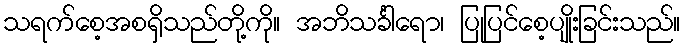
သရက်စေ့အစရှိသည်တို့ကို။ အဘိသင်္ခါရော၊ ပြုပြင်စေ့ပျိုးခြင်းသည်။